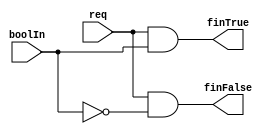
// This program was cloned from: https://github.com/Mario-Hero/Async-Karin
// License: MIT License

`timescale 1ns / 1ps
//////////////////////////////////////////////////////////////////////////////////
//
// Module Name: branch
// Description: It works like 'if'. finTrue  = req & boolIn,
//                                  finFalse = req & !boolIn.
// 
// Dependencies: 
// 
// Revision:
// Revision 0.01 - File Created
// Additional Comments:
// 
//////////////////////////////////////////////////////////////////////////////////

module branch (req,finTrue,finFalse,boolIn);

input req,boolIn;
output wire finTrue,finFalse;

assign finTrue=req&boolIn;
assign finFalse=req&!boolIn;

endmodule